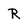
Character: R